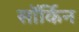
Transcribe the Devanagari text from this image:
सॉर्किन